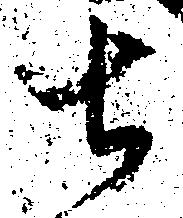
土